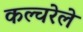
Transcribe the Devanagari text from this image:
कल्चरेले